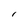
Character: I